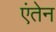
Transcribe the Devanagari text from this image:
एंतेन